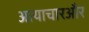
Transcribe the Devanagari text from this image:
अत्याचारऔर